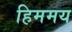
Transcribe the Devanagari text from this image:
हिममय